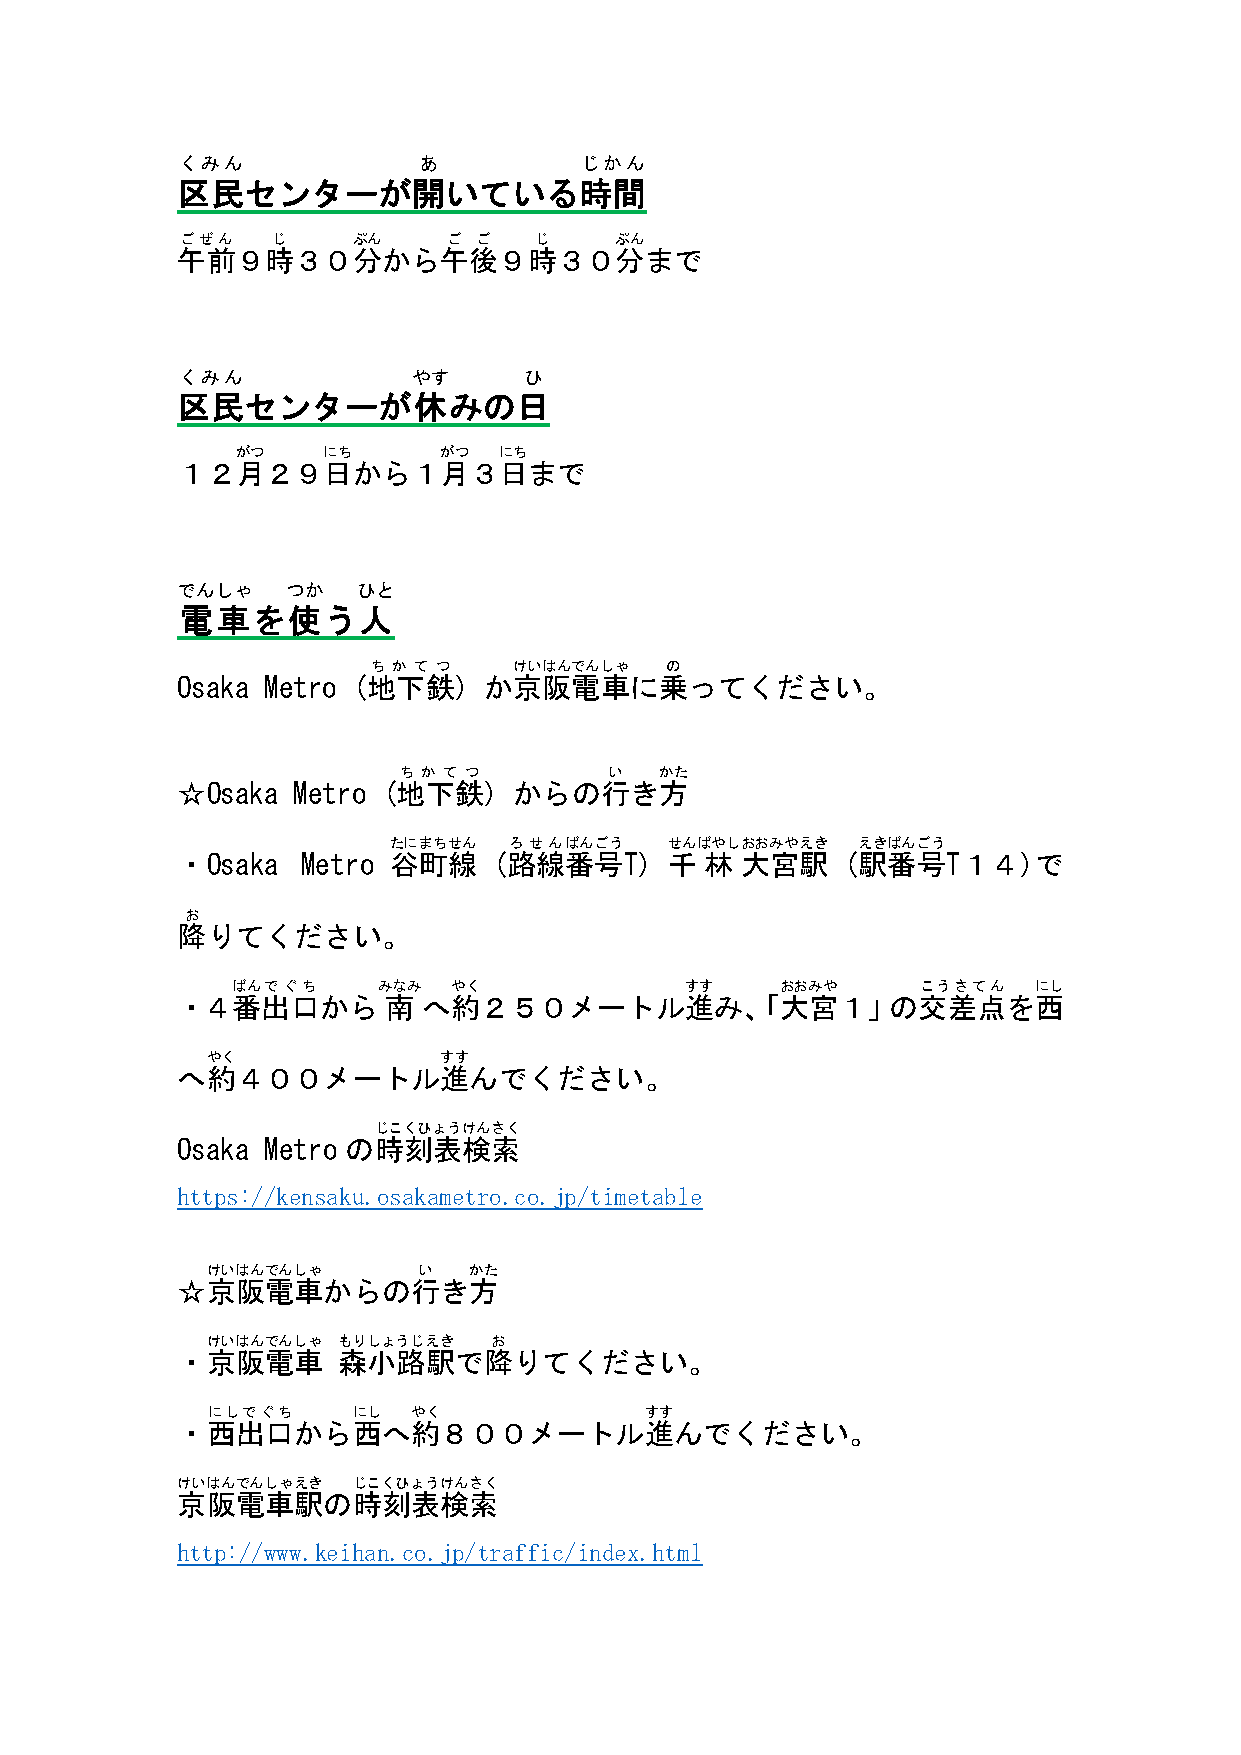
くみん             あ         じかん
 区民センターが開いている時間
 ごぜん   じ    ぷん     ご ご  じ     ぷん
 午前９時３０分から午後９時３０分まで
 くみん            やす      ひ
 区民センターが休みの日
 がつ   にち      がつ  にち
 １２月２９日から１月３日まで
 でんしゃ   つか   ひと
 電車を使う人
 ち か て つ  けいはんでんしゃ  の
 Osaka Metro (地下鉄)   か京阪電車に乗ってください。
 ち か て つ       い   かた
 ☆Osaka Metro (地下鉄)    からの行き方
 たにまちせん  ろせんばんごう   せんばやしおおみやえき  えきばんごう
 ・Osaka  Metro 谷町線    (路線番号T)    千  林 大宮駅    (駅番号T１４)で
 お
 降りてください。
 ばんでぐち     みなみ  やく             すす     おおみや     こうさてん  にし
 ・４番出口から      南  へ約２５０メートル進み、「大宮１」の交差点を西
 やく             すす
 へ約４００メートル進んでください。
 じこくひょうけんさく
 Osaka Metro の時刻表検索
 https://kensaku.osakametro.co.jp/timetable
 けいはんでんしゃ      い  かた
 ☆京阪電車からの行き方
 けいはんでんしゃ もりしょうじえき お
 ・京阪電車     森小路駅で降りてください。
 にしでぐち    にし  やく              すす
 ・西出口から西へ約８００メートル進んでください。
 けいはんでんしゃえき じこくひょうけんさく
 京阪電車駅の時刻表検索
 http://www.keihan.co.jp/traffic/index.html